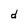
Character: d